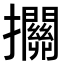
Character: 𢺄